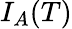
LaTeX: I_{A}(T)